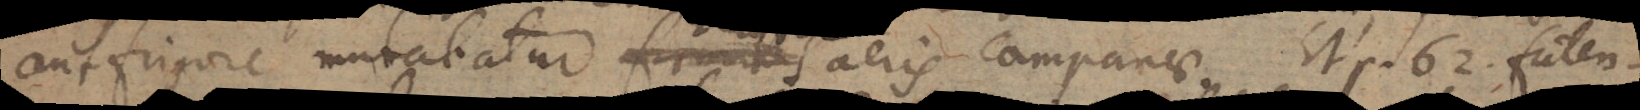
aut frigore mutabatur firmitas aeris campanae. Et p. 62. faten-